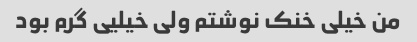
من خیلی خنک نوشتم ولی خیلیی گرم بود